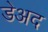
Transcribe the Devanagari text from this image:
डेअद